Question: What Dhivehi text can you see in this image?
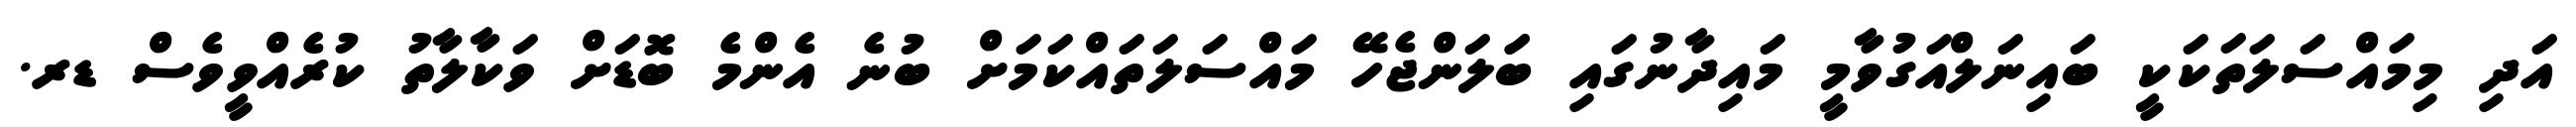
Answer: އަދި މިމައްސަލަތަކަކީ ބައިނަލްއަގުވާމީ މައިދާނުގައި ބަަލަންޖެހޭ މައްސަލަތައްކަމަށް ބުނެ އެންމެ ބޮޑަށް ވަކާލާތު ކުރެއްވީވެސް ޑރ.